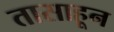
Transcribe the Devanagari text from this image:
तासाहून